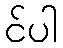
င်ပါ